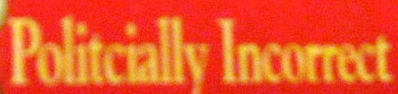
Politcially Incorrect